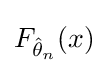
F_{{\hat {\theta }}_{n}}(x)